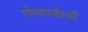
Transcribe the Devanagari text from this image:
गोव्यापर्यंतची